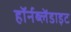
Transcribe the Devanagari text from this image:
हॉर्नब्लेंडाइट